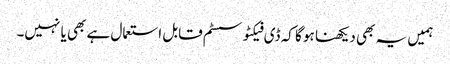
ہمیں یہ بھی دیکھنا ہو گا کہ ڈی فیکٹو سسٹم قابل استعمال ہے بھی یا نہیں۔